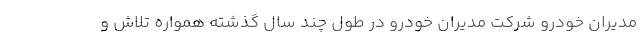
مدیران خودرو شرکت مدیران خودرو در طول چند سال گذشته همواره تلاش و